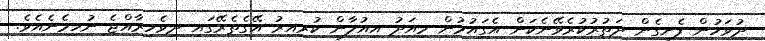
ދުވަހުން ފެށިގެން ދަތުރުކުރެވޭނެކަން އެގައުމުން މިއަދު އިއުލާން ކުރިއިރު އޭގެތެރޭގައި ދިވެހިރާއްޖެ ނުހިމެނެއެވެ.